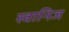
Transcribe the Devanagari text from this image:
स्वानिज